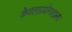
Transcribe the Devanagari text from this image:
केवलप्रयोगशाला